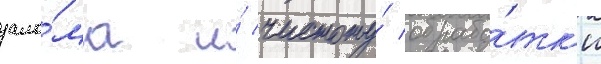
зало́ма и́ чистоту́ обрабо́тк'и